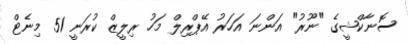
ސޮނާކްޝީގެ "ނޫރު" އަންނަ އަހަރު އޭޕްރިލް މަހު ރިލީޒް ކުރަނީ 51 މިނެޓް